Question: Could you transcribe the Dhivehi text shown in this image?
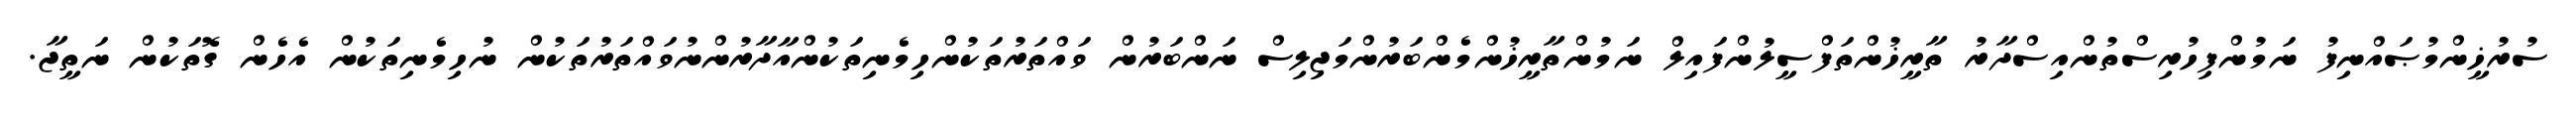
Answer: ސުރުޚީންމުޞައްނިފު ނަމުންފިހުރިސްތުންއިސްދާރު ތާރީޚުންތަފްސީލުންފައިލް ނަމުންތާރީޚުންމެންބަރުންމަޖިލިސް ނަންބަރުން ވައްތަރުތަކުންހިމެނިތަކުންއާދާރުންނުވައްތަރުތަކުން ނުހިމެނިތަކުން އެހެން ގޮތަކުން ނަތީޖާ.